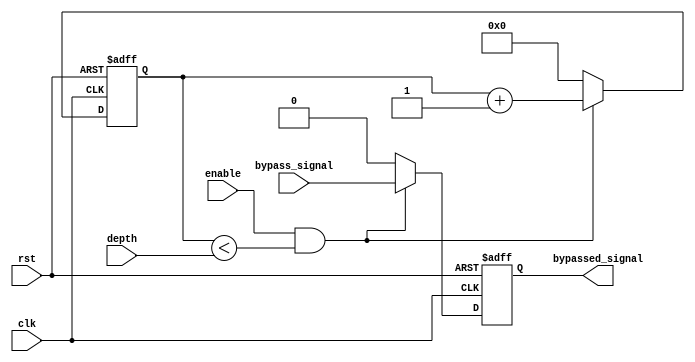
module VariableDepthBypassRegister (
    input wire clk,
    input wire rst,
    input wire enable,
    input wire [3:0] depth,
    input wire bypass_signal,
    output reg bypassed_signal
);

reg [3:0] counter;

always @(posedge clk or posedge rst) begin
    if (rst) begin
        bypassed_signal <= 0;
        counter <= 0;
    end else begin
        if (enable && counter < depth) begin
            bypassed_signal <= bypass_signal;
            counter <= counter + 1;
        end else begin
            bypassed_signal <= 0;
            counter <= 0;
        end
    end
end

endmodule